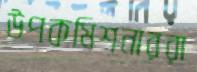
উপকমিশনাররা